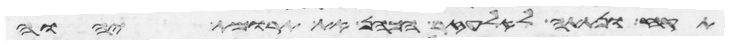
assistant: תקח ונתתה לאלעזר הכהן את תרומת יהוה